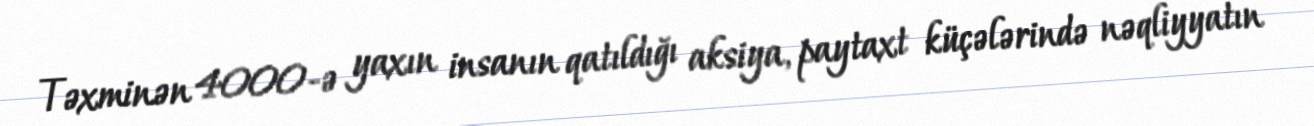
Təxminən 4000-ə yaxın insanın qatıldığı aksiya, paytaxt küçələrində nəqliyyatın